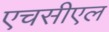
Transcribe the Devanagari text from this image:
एचसीएल